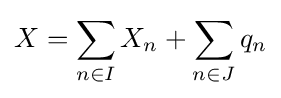
X=\sum _{n\in I}X_{n}+\sum _{n\in J}q_{n}